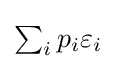
{\textstyle \sum _{i}{p_{i}\varepsilon _{i}}}